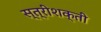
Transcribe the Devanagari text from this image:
स्त्रीशक्ती